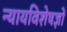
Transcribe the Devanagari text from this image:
न्यायविशेषज्ञों